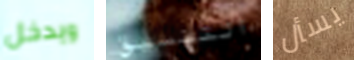
ويدخل التنسيق يسأل